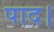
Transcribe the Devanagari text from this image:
पाद।